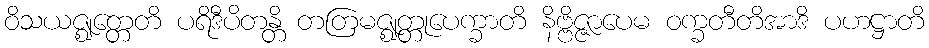
ဝိသယဇ္ဈတ္တေတိ ပရိဒီပိတန္တိ တတြမဇ္ဈတ္တုပေက္ခာတိ နိဗ္ဗိဇ္ဇာပေမ ဝက္ခတီတိအာဒိ ပဟဋ္ဌာတိ